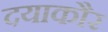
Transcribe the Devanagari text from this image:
दयाकौर